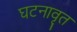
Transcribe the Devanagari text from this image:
घटनावृत